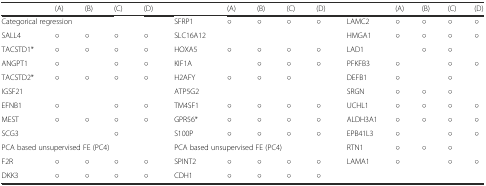
<table><thead><tr><td></td><td><b>(A)</b></td><td><b>(B)</b></td><td><b>(C)</b></td><td><b>(D)</b></td><td></td><td><b>(A)</b></td><td><b>(B)</b></td><td><b>(C)</b></td><td><b>(D)</b></td><td></td><td><b>(A)</b></td><td><b>(B)</b></td><td><b>(C)</b></td><td><b>(D)</b></td></tr></thead><tbody><tr><td colspan="5">Categorical regression</td><td>SFRP1</td><td>○</td><td>○</td><td>○</td><td>○</td><td>LAMC2</td><td>○</td><td>○</td><td>○</td><td>○</td></tr><tr><td>SALL4</td><td>○</td><td>○</td><td>○</td><td>○</td><td>SLC16A12</td><td></td><td></td><td></td><td></td><td>HMGA1</td><td>○</td><td>○</td><td>○</td><td>○</td></tr><tr><td>TACSTD1*</td><td>○</td><td>○</td><td>○</td><td>○</td><td>HOXA5</td><td>○</td><td>○</td><td>○</td><td>○</td><td>LAD1</td><td></td><td>○</td><td>○</td><td></td></tr><tr><td>ANGPT1</td><td>○</td><td></td><td>○</td><td>○</td><td>KIF1A</td><td></td><td>○</td><td>○</td><td>○</td><td>PFKFB3</td><td>○</td><td></td><td>○</td><td>○</td></tr><tr><td>TACSTD2*</td><td>○</td><td>○</td><td>○</td><td>○</td><td>H2AFY</td><td>○</td><td>○</td><td>○</td><td></td><td>DEFB1</td><td>○</td><td></td><td>○</td><td></td></tr><tr><td>IGSF21</td><td></td><td></td><td></td><td></td><td>ATP5G2</td><td></td><td></td><td></td><td></td><td>SRGN</td><td>○</td><td>○</td><td>○</td><td></td></tr><tr><td>EFNB1</td><td>○</td><td></td><td>○</td><td>○</td><td>TM4SF1</td><td>○</td><td>○</td><td>○</td><td>○</td><td>UCHL1</td><td>○</td><td>○</td><td>○</td><td>○</td></tr><tr><td>MEST</td><td>○</td><td>○</td><td>○</td><td>○</td><td>GPR56*</td><td>○</td><td>○</td><td>○</td><td>○</td><td>ALDH3A1</td><td>○</td><td>○</td><td>○</td><td>○</td></tr><tr><td>SCG3</td><td></td><td></td><td>○</td><td></td><td>S100P</td><td>○</td><td>○</td><td>○</td><td>○</td><td>EPB41L3</td><td>○</td><td></td><td>○</td><td>○</td></tr><tr><td colspan="5">PCA based unsupervised FE (PC4)</td><td colspan="5">PCA based unsupervised FE (PC4)</td><td>RTN1</td><td>○</td><td>○</td><td>○</td><td></td></tr><tr><td>F2R</td><td>○</td><td>○</td><td>○</td><td>○</td><td>SPINT2</td><td>○</td><td>○</td><td>○</td><td>○</td><td>LAMA1</td><td>○</td><td></td><td>○</td><td>○</td></tr><tr><td>DKK3</td><td>○</td><td>○</td><td>○</td><td>○</td><td>CDH1</td><td>○</td><td>○</td><td>○</td><td>○</td><td></td><td></td><td></td><td></td><td></td></tr></tbody></table>